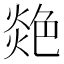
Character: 𦫟